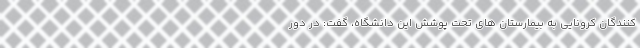
کنندگان کرونایی به بیمارستان های تحت پوشش این دانشگاه، گفت: در دور